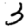
Digit: 3